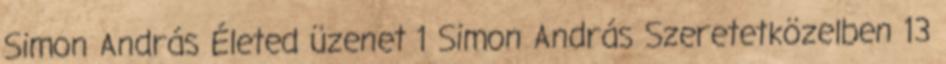
Simon András Életed üzenet 1 Simon András Szeretetközelben 13